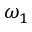
\omega _ { 1 }